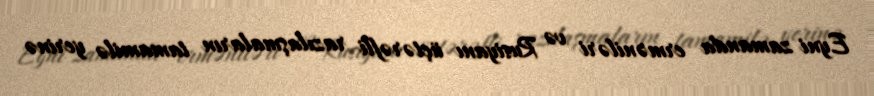
Eyni zamanda erməniləri və Rusiyanı üçtərəfli razılaşmaların tamamilə yerinə